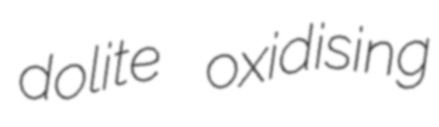
dolite oxidising